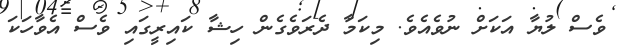
ވެސް ލުޔާ އަކަށް ނުވެއެވެ. މިކަމާ ދެރަވެގެން ހިޝާ ކައިރީގައި ވެސް އެވާހަކަ